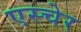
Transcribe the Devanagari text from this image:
एस्चेर